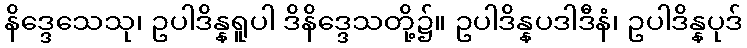
နိဒ္ဒေသေသု၊ ဥပါဒိန္နရူပါ ဒိနိဒ္ဒေသတို့၌။ ဥပါဒိန္နပဒါဒီနံ၊ ဥပါဒိန္နပုဒ်